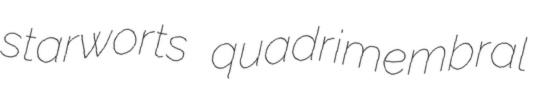
starworts quadrimembral